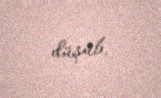
düşüb.